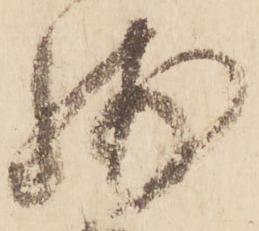
残